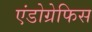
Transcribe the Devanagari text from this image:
एंडोग्रेफिस